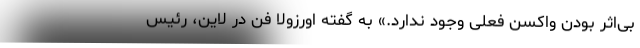
بی‌اثر بودن واکسن فعلی وجود ندارد.» به گفته اورزولا فن در لاین، رئیس